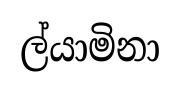
ල්යාමිනා